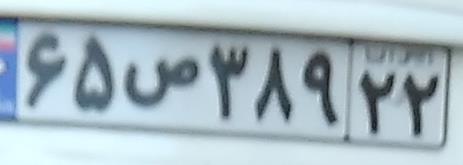
۶۵ص۳۸۹۲۲